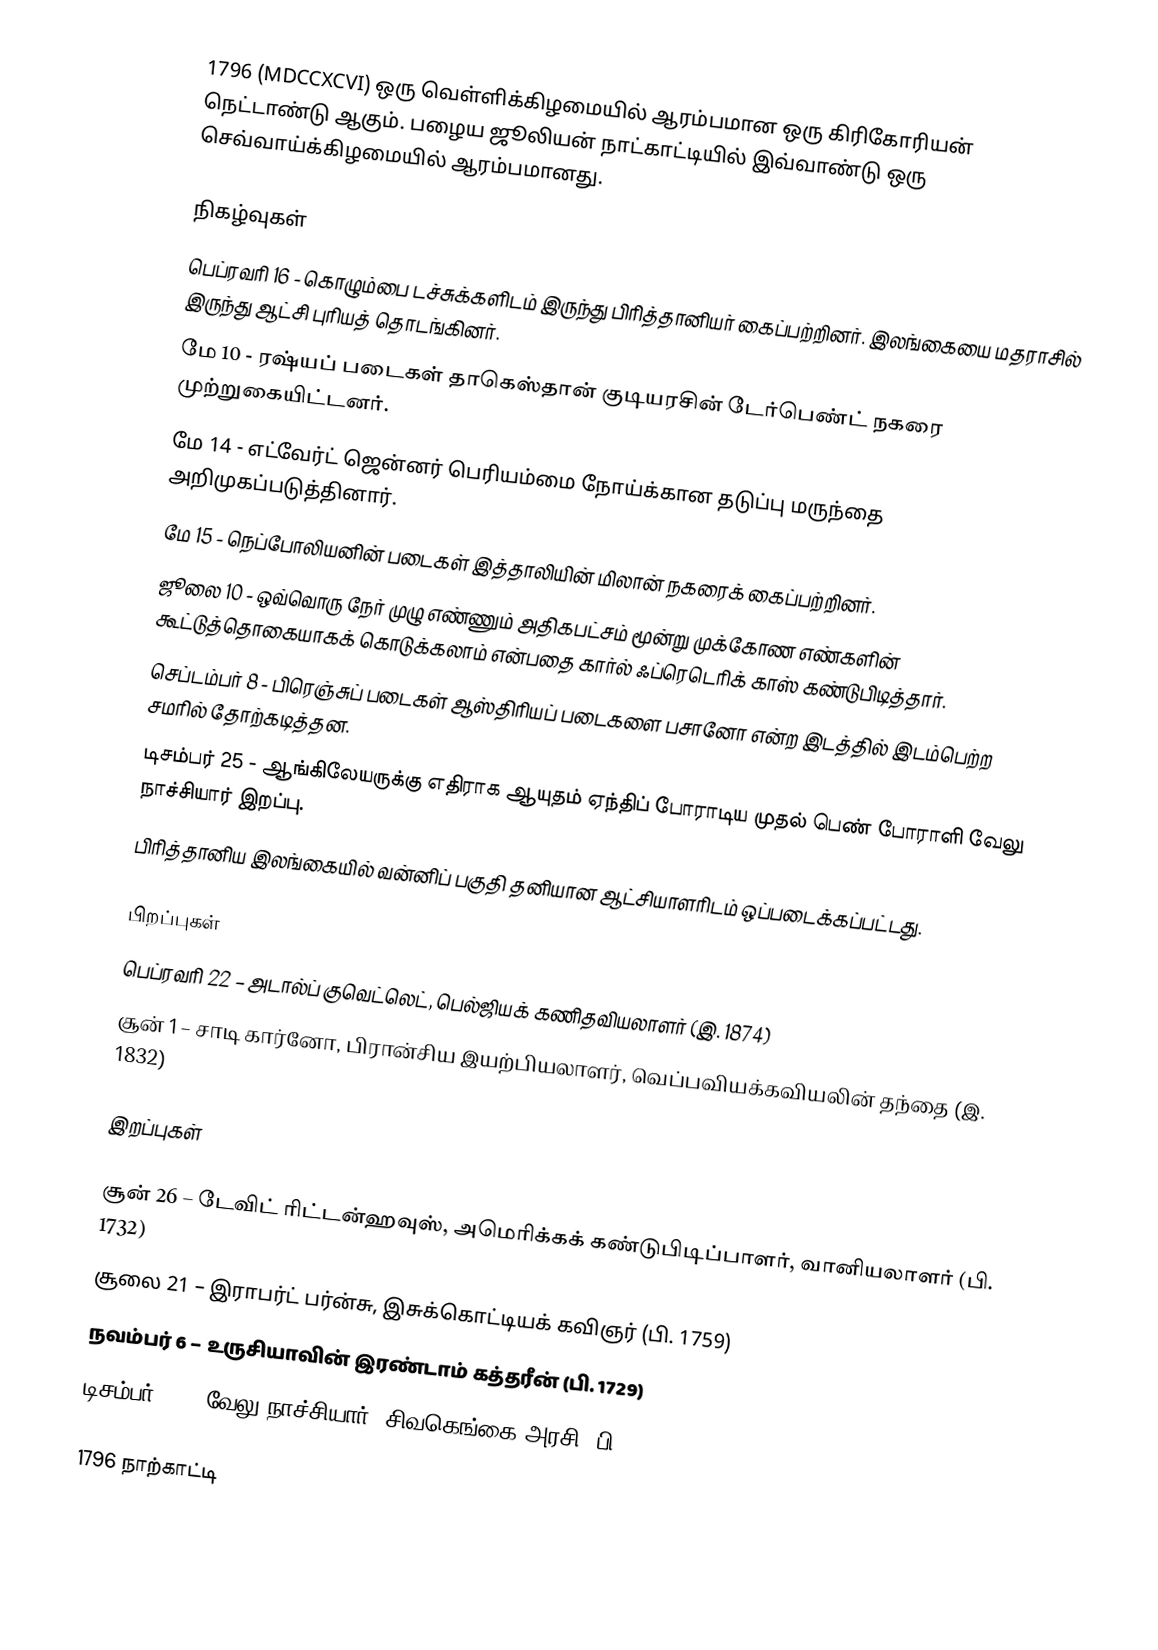
1796  (MDCCXCVI) ஒரு வெள்ளிக்கிழமையில் ஆரம்பமான ஒரு கிரிகோரியன் நெட்டாண்டு ஆகும். பழைய ஜூலியன் நாட்காட்டியில் இவ்வாண்டு ஒரு செவ்வாய்க்கிழமையில் ஆரம்பமானது.

நிகழ்வுகள்
 பெப்ரவரி 16 - கொழும்பை டச்சுக்களிடம் இருந்து பிரித்தானியர் கைப்பற்றினர். இலங்கையை மதராசில் இருந்து ஆட்சி புரியத் தொடங்கினர்.
 மே 10 - ரஷ்யப் படைகள் தாகெஸ்தான் குடியரசின் டேர்பெண்ட் நகரை முற்றுகையிட்டனர்.
 மே 14 - எட்வேர்ட் ஜென்னர் பெரியம்மை நோய்க்கான தடுப்பு மருந்தை அறிமுகப்படுத்தினார்.
 மே 15 - நெப்போலியனின் படைகள் இத்தாலியின் மிலான் நகரைக் கைப்பற்றினர்.
 ஜூலை 10 - ஒவ்வொரு நேர் முழு எண்ணும் அதிகபட்சம் மூன்று முக்கோண எண்களின் கூட்டுத்தொகையாகக் கொடுக்கலாம் என்பதை கார்ல் ஃப்ரெடெரிக் காஸ் கண்டுபிடித்தார்.
 செப்டம்பர் 8 - பிரெஞ்சுப் படைகள் ஆஸ்திரியப் படைகளை பசானோ என்ற இடத்தில் இடம்பெற்ற சமரில் தோற்கடித்தன.
 டிசம்பர் 25 - ஆங்கிலேயருக்கு எதிராக ஆயுதம் ஏந்திப் போராடிய முதல் பெண் போராளி வேலு நாச்சியார் இறப்பு.
 பிரித்தானிய இலங்கையில் வன்னிப் பகுதி தனியான ஆட்சியாளரிடம் ஒப்படைக்கப்பட்டது.

பிறப்புகள்
 பெப்ரவரி 22 – அடால்ப் குவெட்லெட், பெல்ஜியக் கணிதவியலாளர் (இ. 1874)
 சூன் 1 – சாடி கார்னோ, பிரான்சிய இயற்பியலாளர், வெப்பவியக்கவியலின் தந்தை (இ. 1832)

இறப்புகள்

 சூன் 26 – டேவிட் ரிட்டன்ஹவுஸ், அமெரிக்கக் கண்டுபிடிப்பாளர், வானியலாளர் (பி. 1732)
 சூலை 21 – இராபர்ட் பர்ன்சு, இசுக்கொட்டியக் கவிஞர் (பி. 1759)
 நவம்பர் 6 – உருசியாவின் இரண்டாம் கத்தரீன் (பி. 1729)
 டிசம்பர் 26 – வேலு நாச்சியார், சிவகெங்கை அரசி (பி. 1730)

1796 நாற்காட்டி